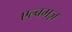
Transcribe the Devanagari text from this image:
एल्बमज़